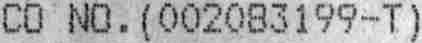
CO NO. (002083199-T)